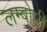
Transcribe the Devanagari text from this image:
लम्बोष्ठी